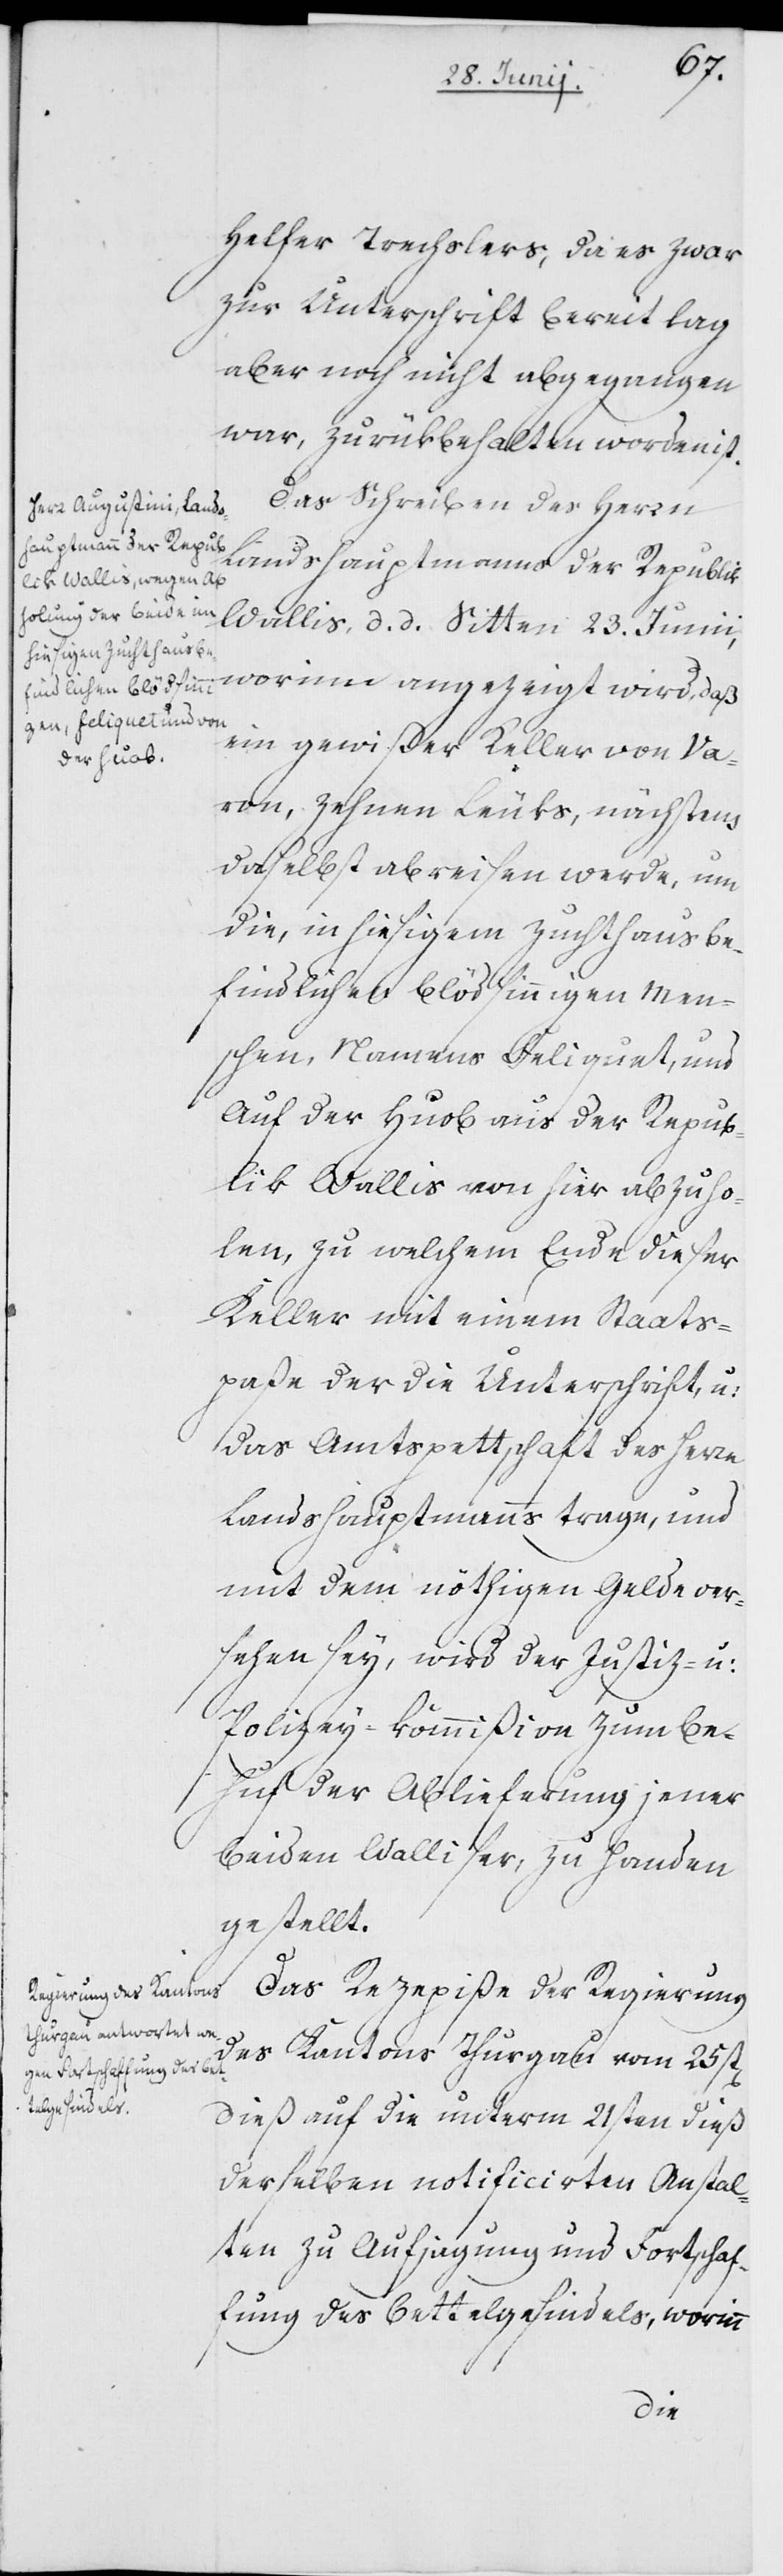
Helfer Trechslers, da es zwar
zur Unterschrift bereit lag
aber noch nicht abgegangen
war, zurükbehalten worden ist.
Das Schreiben des Herrn
Landshauptmanns der Republik
Wallis, d. d. Sitten 23. Junii,
worinn angezeigt wird, daß
ein gewißer Keller von Va¬
ron, Zehnen Leuks, nächstens
daselbst abreisen werde, um
die, in hiesigem Zuchthaus be¬
findlichen blödsinnigen Men¬
schen, Namens Feliquet, und
Auf der Huob [sic!] aus der Repub¬
lik Wallis von hier abzuho¬
len, zu welchem Ende dieser
Keller mit einem Staats¬
paße der die Unterschrift, u:
das Amtspettschaft des Herrn
Landshauptmanns trage, und
mit dem nöthigen Gelde ver¬
sehen sey, wird der Justiz- u:
Polizey-Kommißion zum Be¬
huf der Ablieferung jener
beyden Walliser, zu Handen
gestellt.
Das Rezepiße der Regierung
des Kantons Thurgau vom 25st[en]
dieß auf die unterm 21sten dieß
derselben notificierten Anstal¬
ten zu Aufjagung und Fortschaf¬
fung des Bettelgesindels, worinn